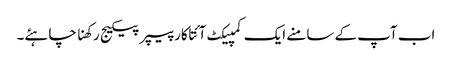
اب آپ کے سامنے ایک کمپیکٹ آئتاکار پیپر پیکیج رکھنا چاہئے۔